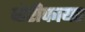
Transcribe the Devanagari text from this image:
व्हेरीफायर